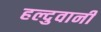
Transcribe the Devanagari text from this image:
हल्दुवानी